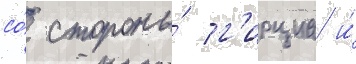
со́ стороны́ г'ирциа и́